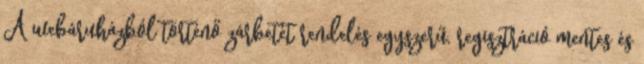
A webáruházból történő zárbetét rendelés egyszerű, regisztráció mentes és